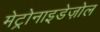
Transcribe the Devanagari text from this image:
मेट्रोनाइडेज़ोल